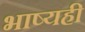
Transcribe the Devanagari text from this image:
भाष्यही